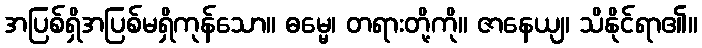
အပြစ်ရှိအပြစ်မရှိကုန်သော။ ဓမ္မေ၊ တရားတို့ကို။ ဇာနေယျ၊ သိနိုင်ရာ၏။